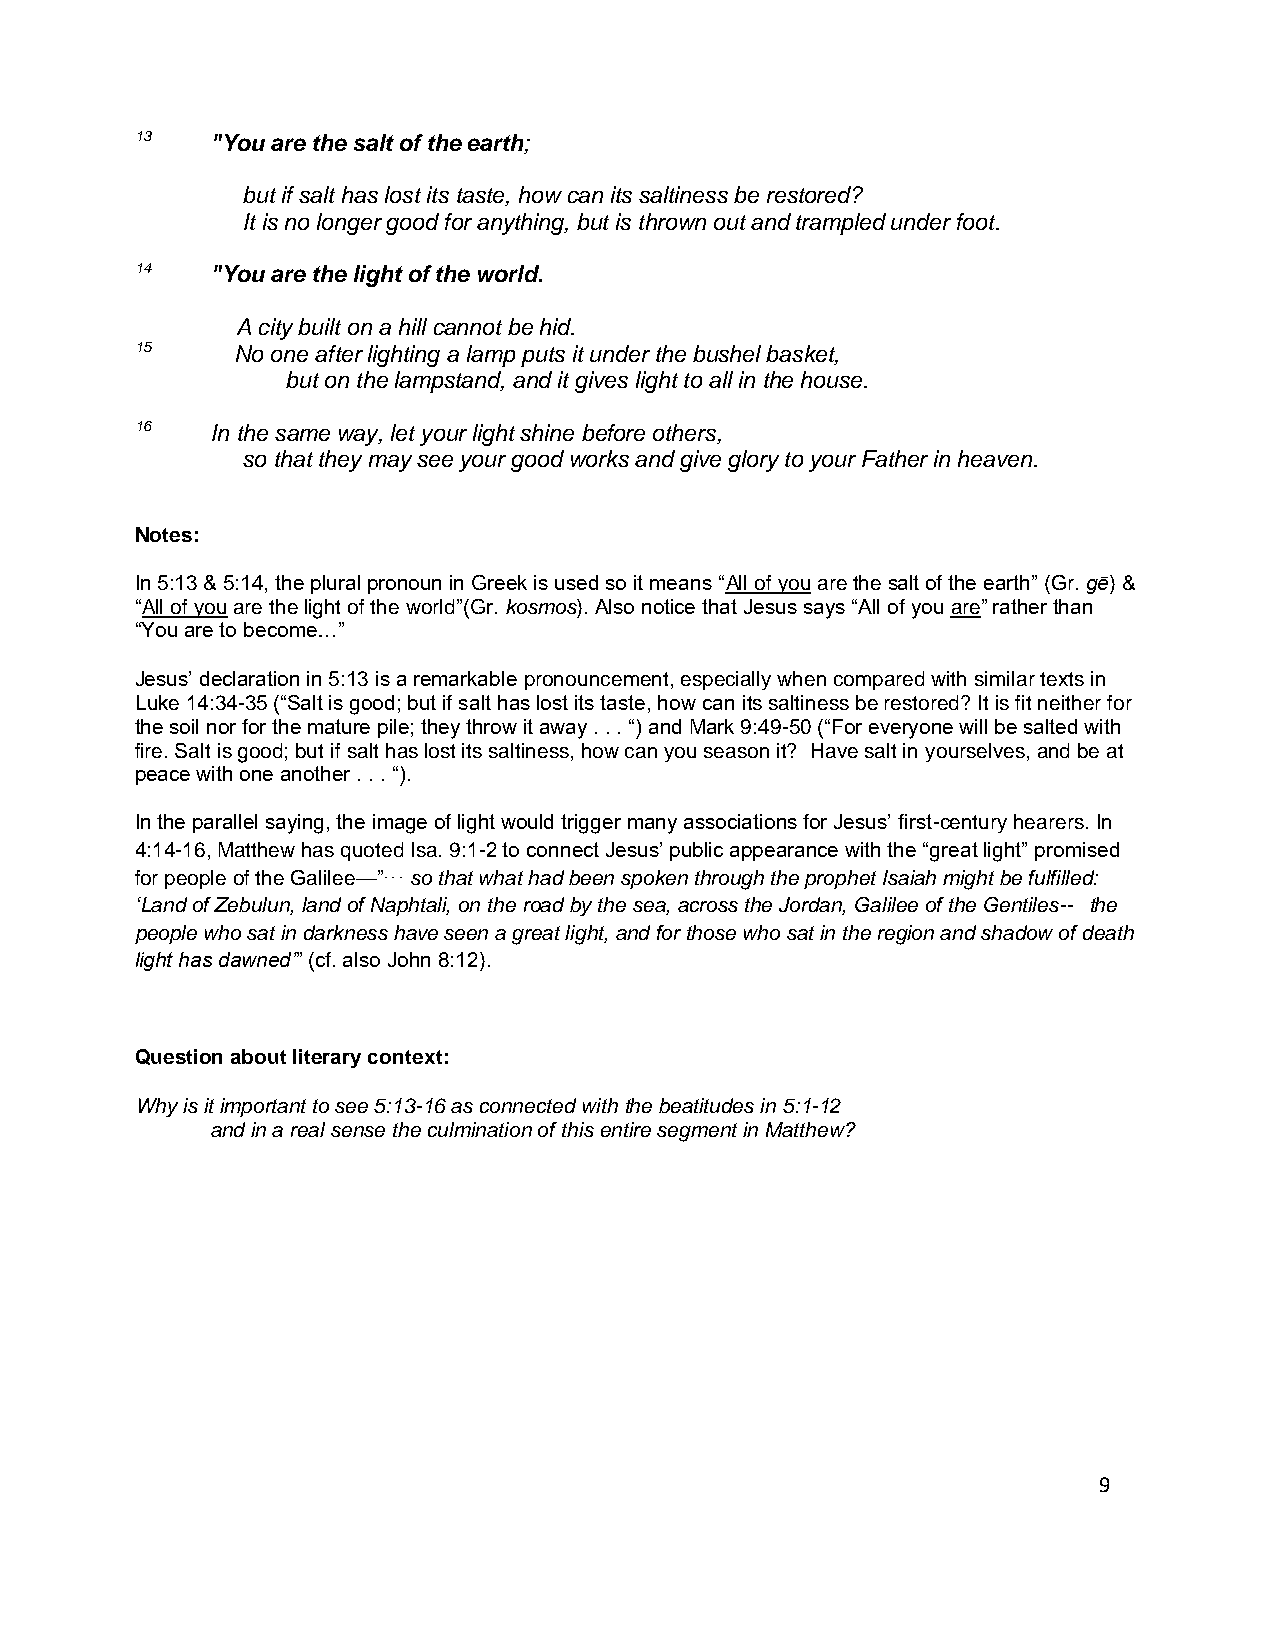
13   "You are the salt of the earth;
 but if salt has lost its taste, how can its saltiness be restored?
 It is no longer good for anything, but is thrown out and trampled under foot.
 14   "You are the light of the world.
 A city built on a hill cannot be hid.
 15    No one after lighting a lamp puts it under the bushel basket,
 but on the lampstand, and it gives light to all in the house.
 16   In the same way, let your light shine before others,
 so that they may see your good works and give glory to your Father in heaven.
 Notes:
 In 5:13 & 5:14, the plural pronoun in Greek is used so it means “All of you are the salt of the earth” (Gr. gē) &
 “All of you are the light of the world”(Gr. kosmos). Also notice that Jesus says “All of you are” rather than
 “You are to become…”
 Jesus’ declaration in 5:13 is a remarkable pronouncement, especially when compared with similar texts in
 Luke 14:34-35 (“Salt is good; but if salt has lost its taste, how can its saltiness be restored? It is fit neither for
 the soil nor for the mature pile; they throw it away . . . “) and Mark 9:49-50 (“For everyone will be salted with
 fire. Salt is good; but if salt has lost its saltiness, how can you season it? Have salt in yourselves, and be at
 peace with one another . . . “).
 In the parallel saying, the image of light would trigger many associations for Jesus’ first-century hearers. In
 4:14-16, Matthew has quoted Isa. 9:1-2 to connect Jesus’ public appearance with the “great light” promised
 for people of the Galilee—”. . . so that what had been spoken through the prophet Isaiah might be fulfilled:
 ‘Land of Zebulun, land of Naphtali, on the road by the sea, across the Jordan, Galilee of the Gentiles-- the
 people who sat in darkness have seen a great light, and for those who sat in the region and shadow of death
 light has dawned’” (cf. also John 8:12).
 Question about literary context:
 Why is it important to see 5:13-16 as connected with the beatitudes in 5:1-12
 and in a real sense the culmination of this entire segment in Matthew?
 9